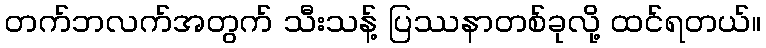
တက်ဘလက်အတွက် သီးသန့် ပြဿနာတစ်ခုလို့ ထင်ရတယ်။